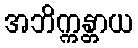
အဘိက္ကန္တာယ